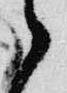
之